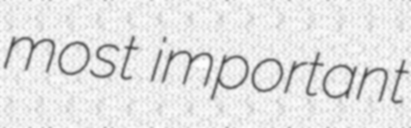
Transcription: most important